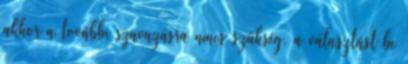
akkor a további szavazásra nincs szükség, a választást be